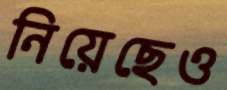
নিয়েছেও